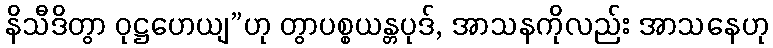
နိသီဒိတွာ ဝုဋ္ဌဟေယျ”ဟု တွာပစ္စယန္တပုဒ်, အာသနကိုလည်း အာသနေဟု